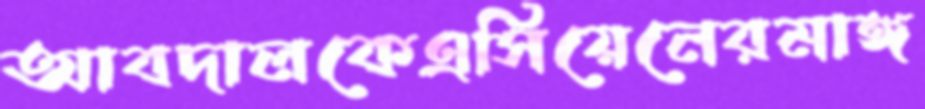
আবদালকেএসিয়েনেরমাঙ্গ